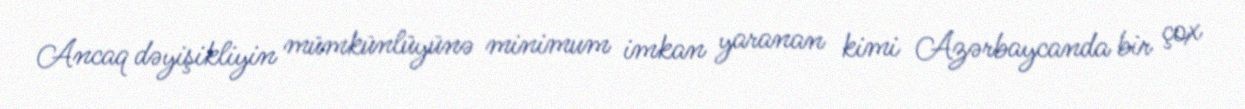
Ancaq dəyişikliyin mümkünlüyünə minimum imkan yaranan kimi Azərbaycanda bir çox